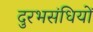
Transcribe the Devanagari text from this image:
दुरभसंधियों